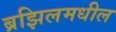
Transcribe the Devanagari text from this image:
ब्रझिलमधील